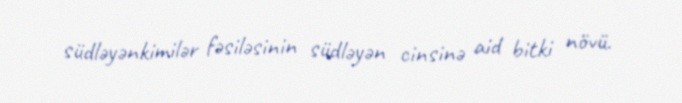
südləyənkimilər fəsiləsinin südləyən cinsinə aid bitki növü.